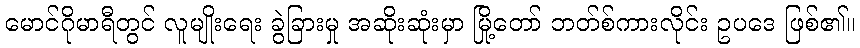
မောင်ဂိုမာရီတွင် လူမျိုးရေး ခွဲခြားမှု အဆိုးဆုံးမှာ မြို့တော် ဘတ်စ်ကားလိုင်း ဥပဒေ ဖြစ်၏။